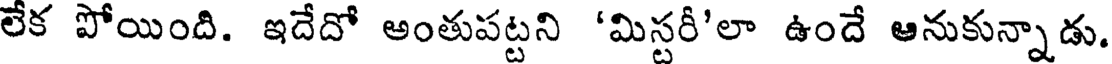
లేక పోయింది. ఇదేదో అంతుపట్టని 'మిస్టరీ'లా ఉందే ఆనుకున్నాడు.